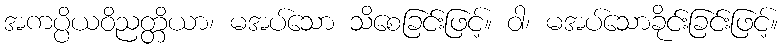
အကပ္ပိယဝိညတ္တိယာ၊ မအပ်သော သိစေခြင်းဖြင့်။ ဝါ၊ မအပ်သောခိုင်းခြင်းဖြင့်။